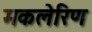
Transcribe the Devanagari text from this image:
मकलेरिण